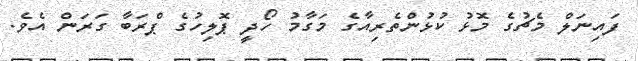
ފައިނަލް މެޗުގެ މޮޅު ކުޅުންތެރިއާގެ މަގާމު ހޯދީ ޕޮލިހުގެ ޕްރަބާ ގަރަން އެވެ.